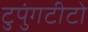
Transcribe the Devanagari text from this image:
टुपुंगटीटो